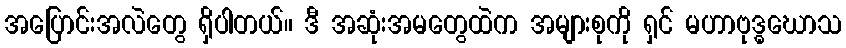
အပြောင်းအလဲတွေ ရှိပါတယ်။ ဒီ အဆုံးအမတွေထဲက အများစုကို ရှင် မဟာဗုဒ္ဓဃောသ